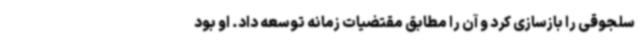
سلجوقی را بازسازی کرد و آن را مطابق مقتضیات زمانه توسعه داد. او بود